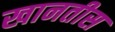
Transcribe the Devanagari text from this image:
खानतीस